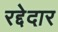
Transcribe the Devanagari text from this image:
रद्देदार